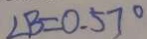
\angle B = 0 . 5 7 ^ { \circ }